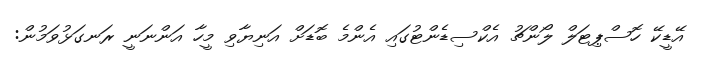
އޭޑީކޭ ހޮސްޕިޓަލް ލޯންޗު އެކްސިޑެންޓުގައި އެންމެ ބޮޑަށް އަނިޔާވި މީހާ އަންނަނީ ރަނގަޅުވަމުން: